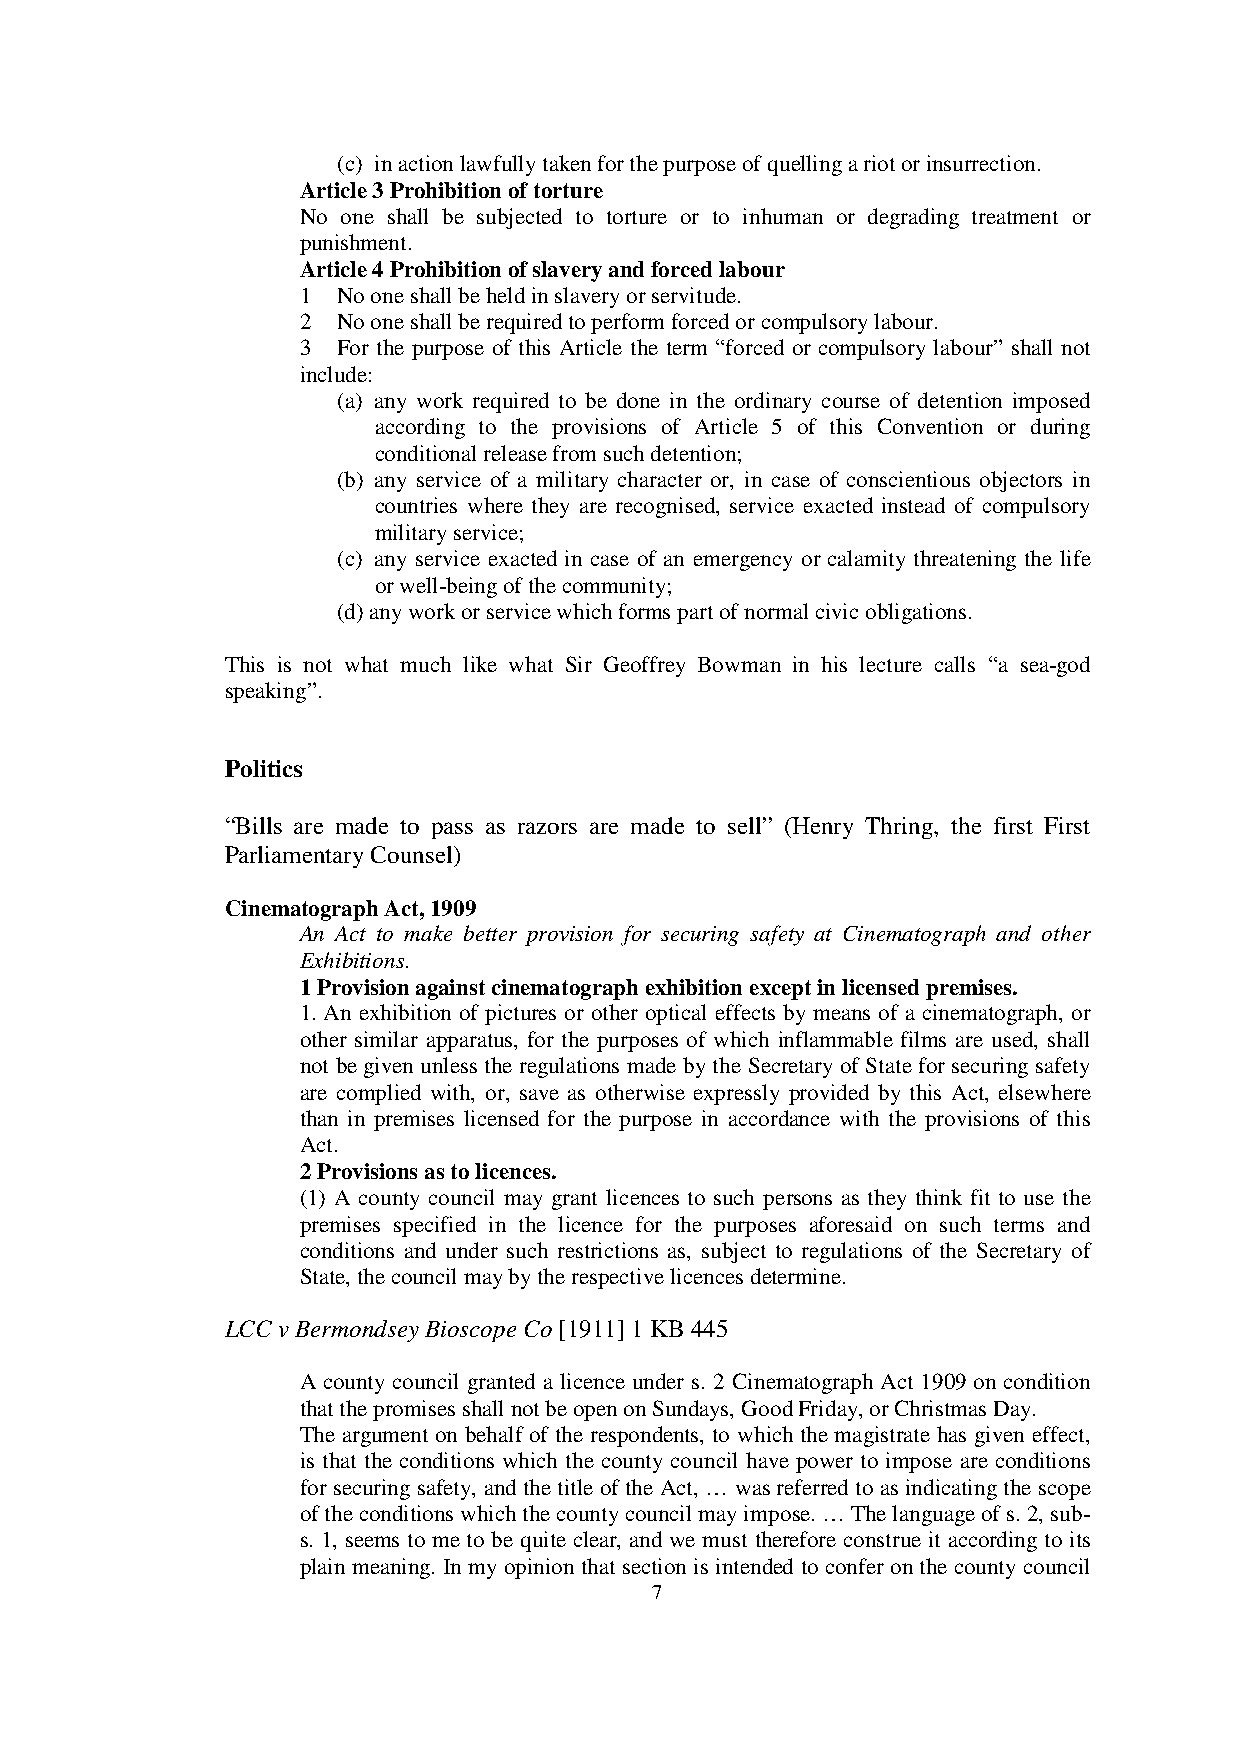
(c) in action lawfully taken for the purpose of quelling a riot or insurrection.
 Article 3 Prohibition of torture
 No one shall be subjected to torture or to inhuman or degrading treatment or
 punishment.
 Article 4 Prohibition of slavery and forced labour
 1 No one shall be held in slavery or servitude.
 2 No one shall be required to perform forced or compulsory labour.
 3 For the purpose of this Article the term “forced or compulsory labour” shall not
 include:
 (a) any work required to be done in the ordinary course of detention imposed
 according to the provisions of Article 5 of this Convention or during
 conditional release from such detention;
 (b) any service of a military character or, in case of conscientious objectors in
 countries where they are recognised, service exacted instead of compulsory
 military service;
 (c) any service exacted in case of an emergency or calamity threatening the life
 or well-being of the community;
 (d) any work or service which forms part of normal civic obligations.
 This is not what much like what Sir Geoffrey Bowman in his lecture calls “a sea-god
 speaking”.
 Politics
 “Bills are made to pass as razors are made to sell” (Henry Thring, the first First
 Parliamentary Counsel)
 Cinematograph Act, 1909
 An Act to make better provision for securing safety at Cinematograph and other
 Exhibitions.
 1 Provision against cinematograph exhibition except in licensed premises.
 1. An exhibition of pictures or other optical effects by means of a cinematograph, or
 other similar apparatus, for the purposes of which inflammable films are used, shall
 not be given unless the regulations made by the Secretary of State for securing safety
 are complied with, or, save as otherwise expressly provided by this Act, elsewhere
 than in premises licensed for the purpose in accordance with the provisions of this
 Act.
 2 Provisions as to licences.
 (1) A county council may grant licences to such persons as they think fit to use the
 premises specified in the licence for the purposes aforesaid on such terms and
 conditions and under such restrictions as, subject to regulations of the Secretary of
 State, the council may by the respective licences determine.
 LCC v Bermondsey Bioscope Co [1911] 1 KB 445
 A county council granted a licence under s. 2 Cinematograph Act 1909 on condition
 that the promises shall not be open on Sundays, Good Friday, or Christmas Day.
 The argument on behalf of the respondents, to which the magistrate has given effect,
 is that the conditions which the county council have power to impose are conditions
 for securing safety, and the title of the Act, … was referred to as indicating the scope
 of the conditions which the county council may impose. … The language of s. 2, sub-
 s. 1, seems to me to be quite clear, and we must therefore construe it according to its
 plain meaning. In my opinion that section is intended to confer on the county council
 7